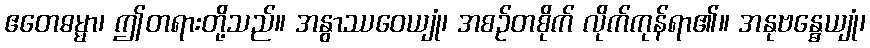
ဧတေဓမ္မာ၊ ဤတရားတို့သည်။ အနွာဿဝေယျုံ၊ အစဉ်တစိုက် လိုက်ကုန်ရာ၏။ အနုဗန္ဓေယျုံ၊